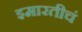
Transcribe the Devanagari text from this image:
इमारतीचं